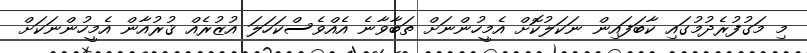
މި މަގުފުރެދުމުގައި ކާބަފައިން ނަކަލުކޮށް އެމީހުންނަށް ތަބާވާނެ އެއްވެސްކަހަލަ އުޒުރެއް ޤުރުއާން އެމީހުންނަކަށް